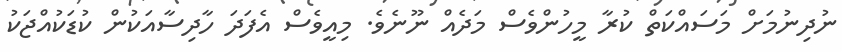
ނުދިނުމަށް މަސައްކަތް ކުރާ މީހުންވެސް މަދެއް ނޫނެވެ. މިއީވެސް އެފަދަ ހާދިސާއަކުން ކުޑަކުއްޖަކު